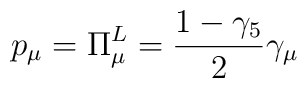
p_{\mu} = \Pi_{\mu}^{L} = \frac{1-\gamma_{5}}{2} \gamma_{\mu}